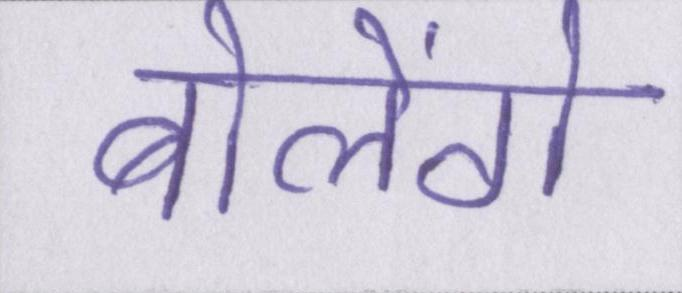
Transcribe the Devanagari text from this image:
बोलेंगे